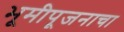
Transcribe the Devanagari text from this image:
भूमीपूजनाचा